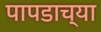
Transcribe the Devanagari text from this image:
पापडाच्या